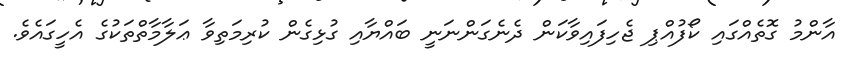
އާންމު ގޮތެއްގައި ކޯފުއްޕި ޖެހިފައިވާކަން ދެނެގަންނަނީ ބައްޔާއި ގުޅިގެން ކުރިމަތިވާ ޢަލާމާތްތަކުގެ އެހީގައެވެ.